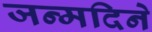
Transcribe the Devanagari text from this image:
जन्मदिने